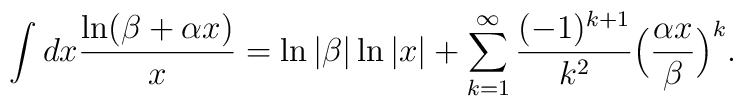
\int dx \frac{\ln (\beta + \alpha x)}{x} = \ln \vert \beta \vert\ln \vert x \vert + \sum_{k = 1}^{\infty}\frac{(-1)^{k+1}}{k^2} \Bigl(\frac{\alpha x}{\beta} \Bigr)^k.